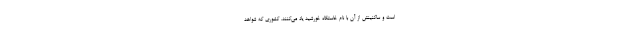
است و ساکنینش از آن با نام خاستگاه خورشید یاد می‌کنند. کشوری که شواهد